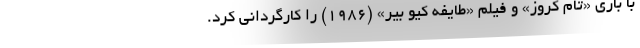
با بازی «تام کروز» و فیلم «طایفه کیو بیر» (۱۹۸۶) را کارگردانی کرد.